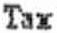
TAX